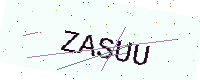
Text: ZASUU